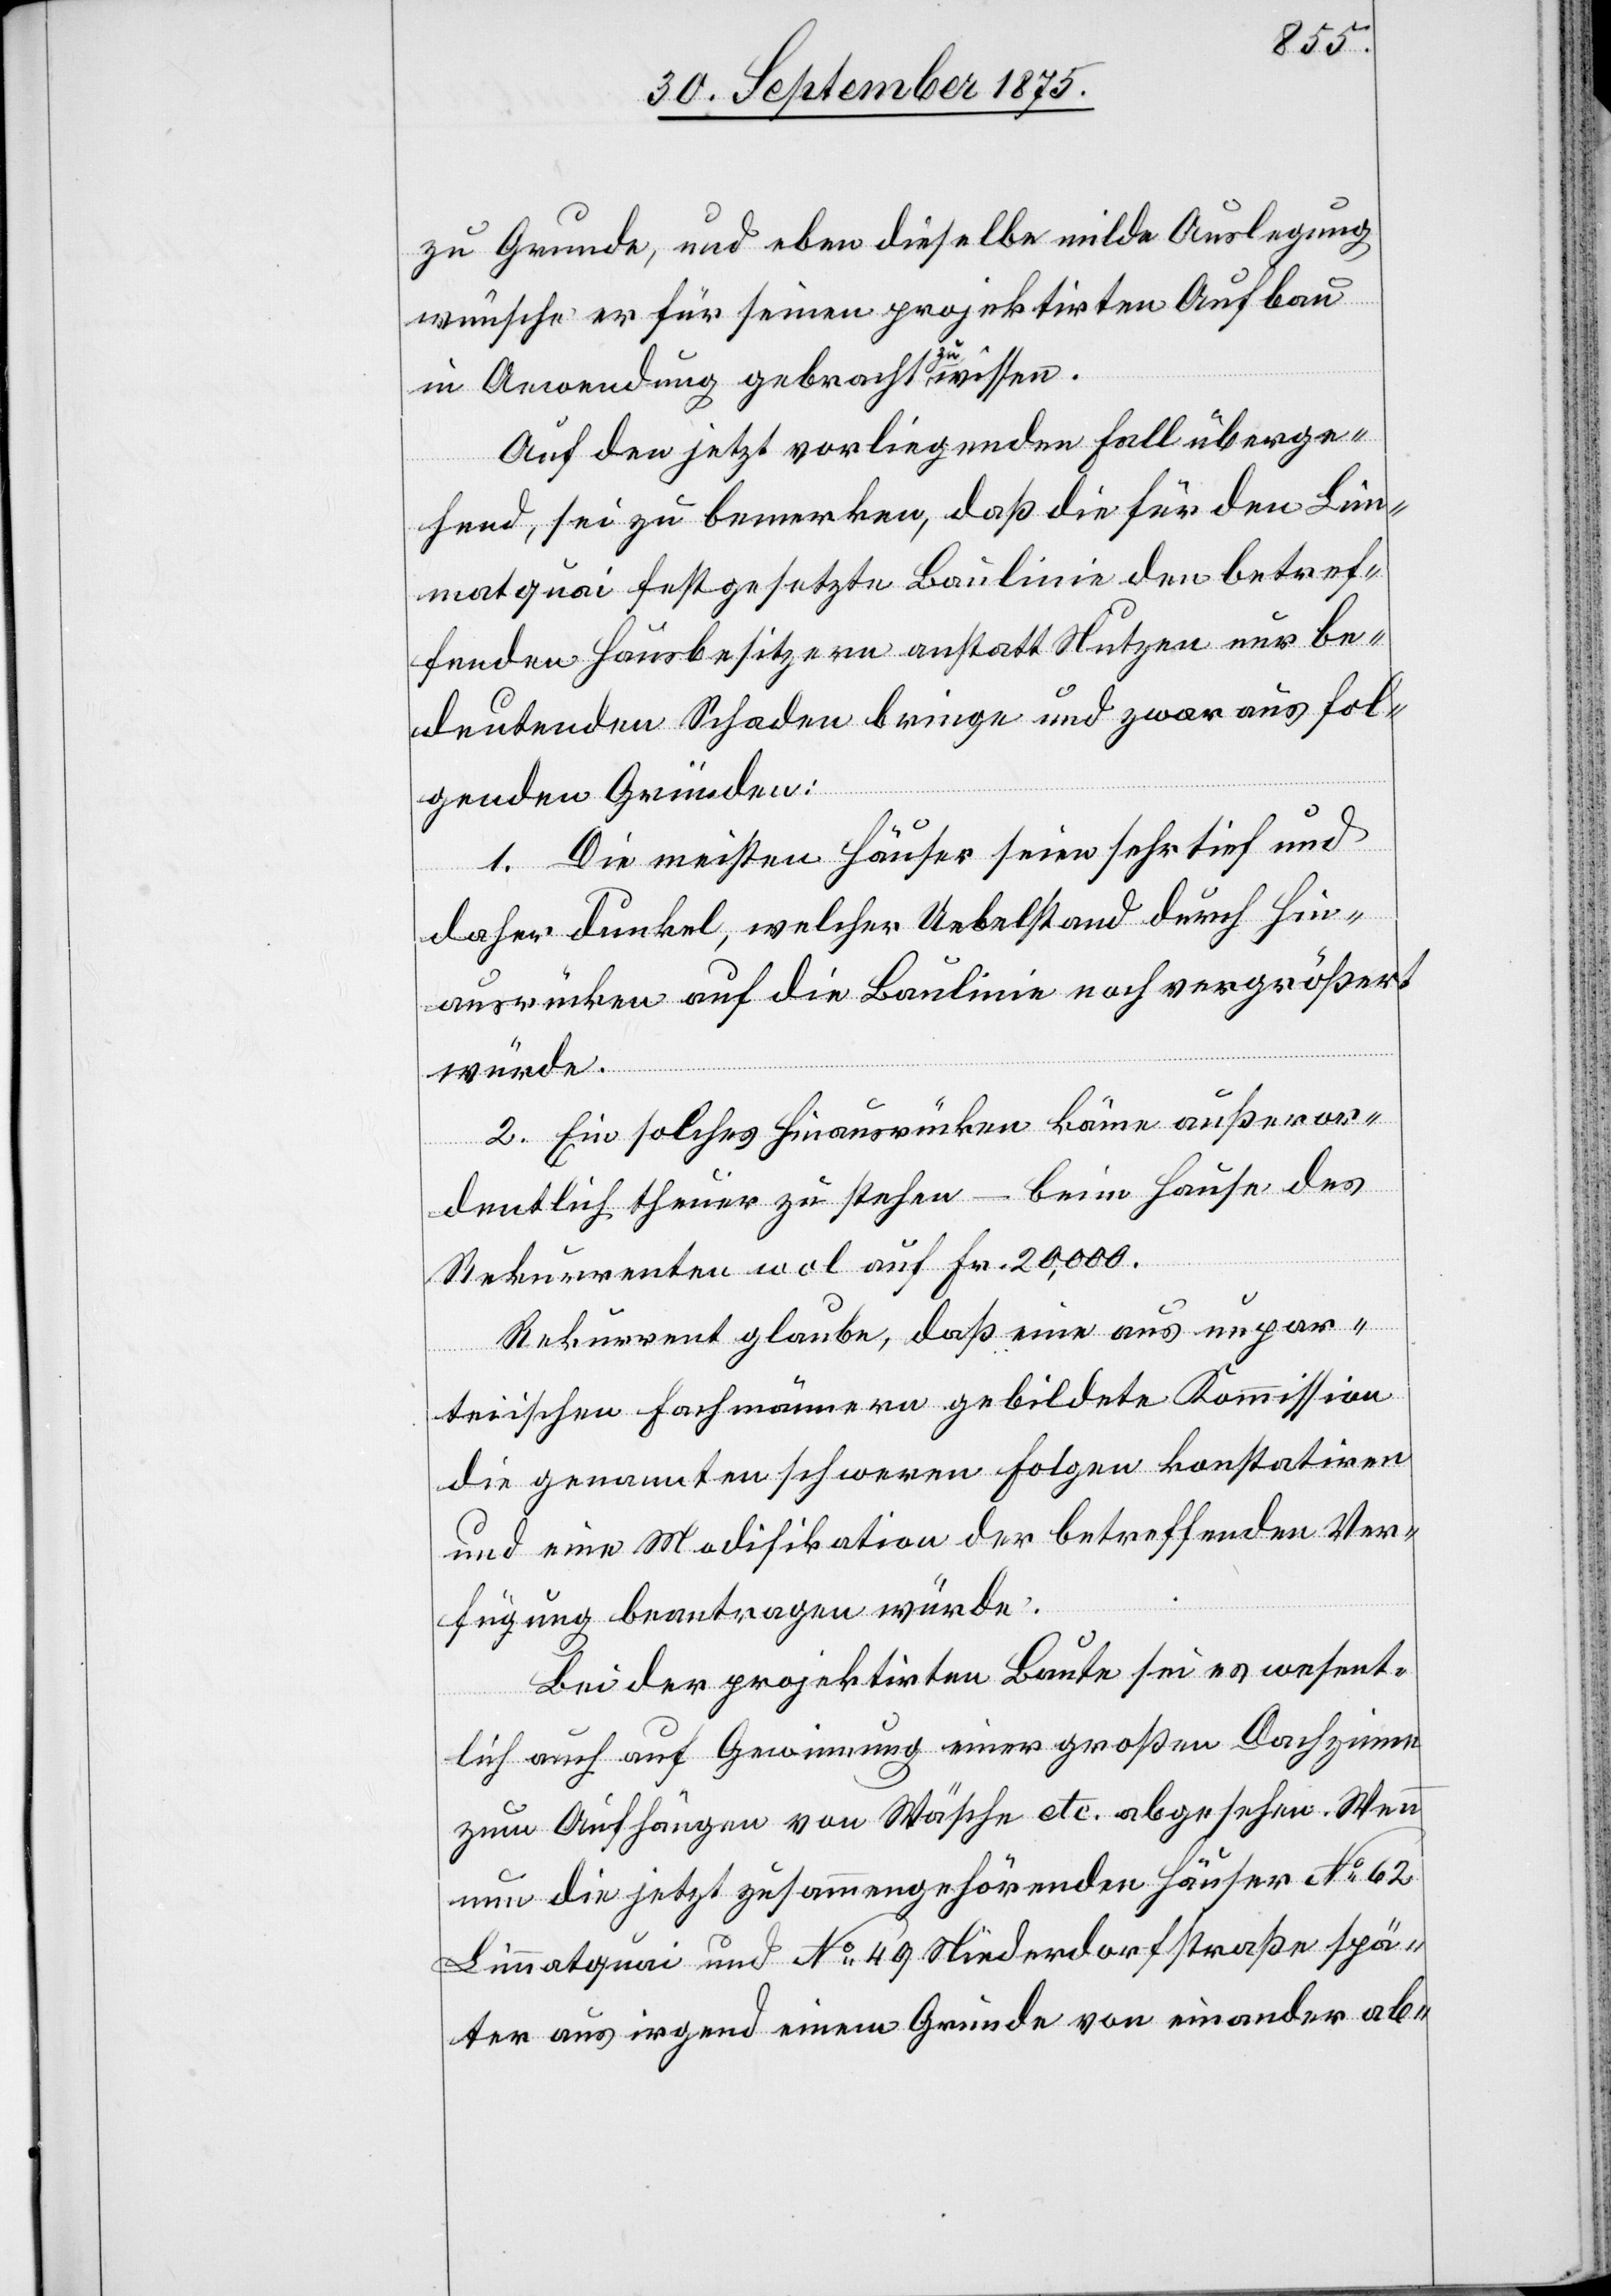
zu Grunde, und eben dieselbe milde Auslegung
wünsche er für seinen projektirten Aufbau
in Anwendung gebracht zu wissen.
Auf den jetzt vorliegenden Fall überge¬
hend, sei zu bemerken, daß die für den Lim¬
matquai festgesetzte Baulinie den betref¬
fenden Hausbesitzern anstatt Nutzen nur be¬
deutenden Schaden bringe und zwar aus fol¬
genden Gründen:
1. Die meisten Häuser seien sehr tief und
daher dunkel, welcher Uebelstand durch Hin¬
ausrücken auf die Baulinie noch vergrößert
würde.
2. Ein solches Hinausrücken käme außeror¬
dentlich theuer zu stehen – beim Hause des
Rekurrenten wol auf Fr. 20,000.
Rekurrent glaube, daß eine aus unpar¬
teiischen Fachmännern gebildete Kommission
die genannten schweren Folgen konstatiren
und eine Modifikation der betreffenden Ver¬
fügung beantragen würde.
Bei der projektirten Baute sei es wesent¬
lich auch auf Gewinnung einer großen Dachzinne
zum Aufhängen von Wäsche etc. abgesehen. Wenn
nun die jetzt zusammengehörenden Häuser No 62
Limmatquai und No 49 Niederdorfstraße spä¬
ter aus irgend einem Grunde von einander ab-